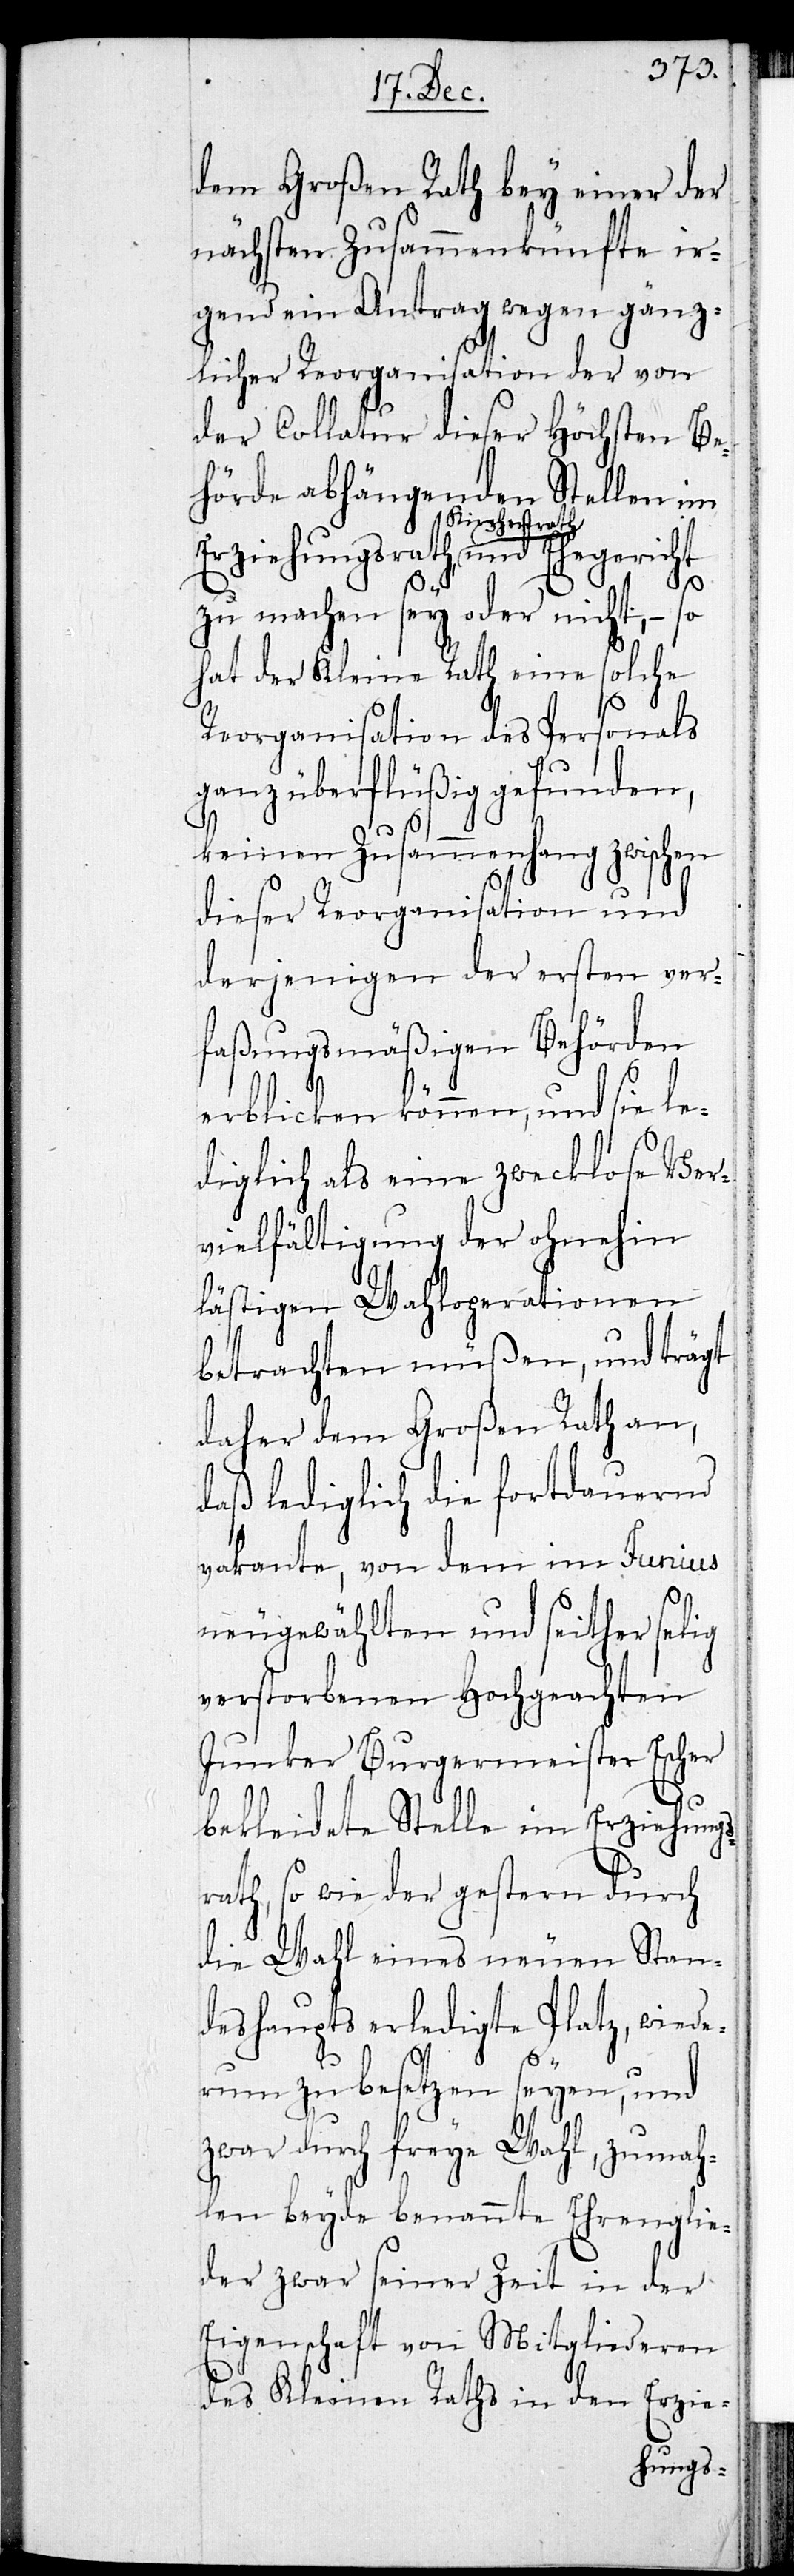
dem Großen Rath bey einer der
nächsten Zusammenkünfte ir¬
gend ein Antrag wegen gänz¬
licher Reorganisation von
der Collatur dieser höchsten Be¬
hörde abhängenden Stellen im
a-Kirche¬
nrath-a
zu machen sey oder nicht, – so
hat der Kleine Rath eine solche
Reorganisation des Personals
ganz überflüßig gefunden,
keinen Zusammenhang zwischen
dieser Reorganisation und
derjenigen der ersten ver¬
faßungsmäßigen Behörden
erblicken können, und sie le¬
diglich als eine zwecklose Ver¬
vielfältigung der ohnehin
lästigen Wahloperationen
betrachten müßen, und trägt
daher dem Großen Rath an,
daß lediglich die fortdauernd
vakante, von dem im Junius
neugewählten und seither selig
verstorbenen Hochgeachten
Junker Burgermeister Escher
bekleidete Stelle im Erziehungs¬
rath, so wie der gestern durch
die Wahl eines neuen Stan¬
deshaupts erledigte Platz, wiede¬
rum zu besetzen seyen, und
zwar durch freye Wahl, zumah¬
len beyde benannte Ehrenglie¬
der zwar seiner Zeit in der
Eigenschaft von Mitgliederen
des Kleinen Raths in den Erzie-
hungs¬